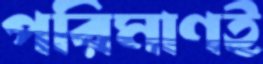
পরিমাণই